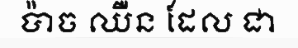
ប៉ាច ឈឺន ដែល ជា